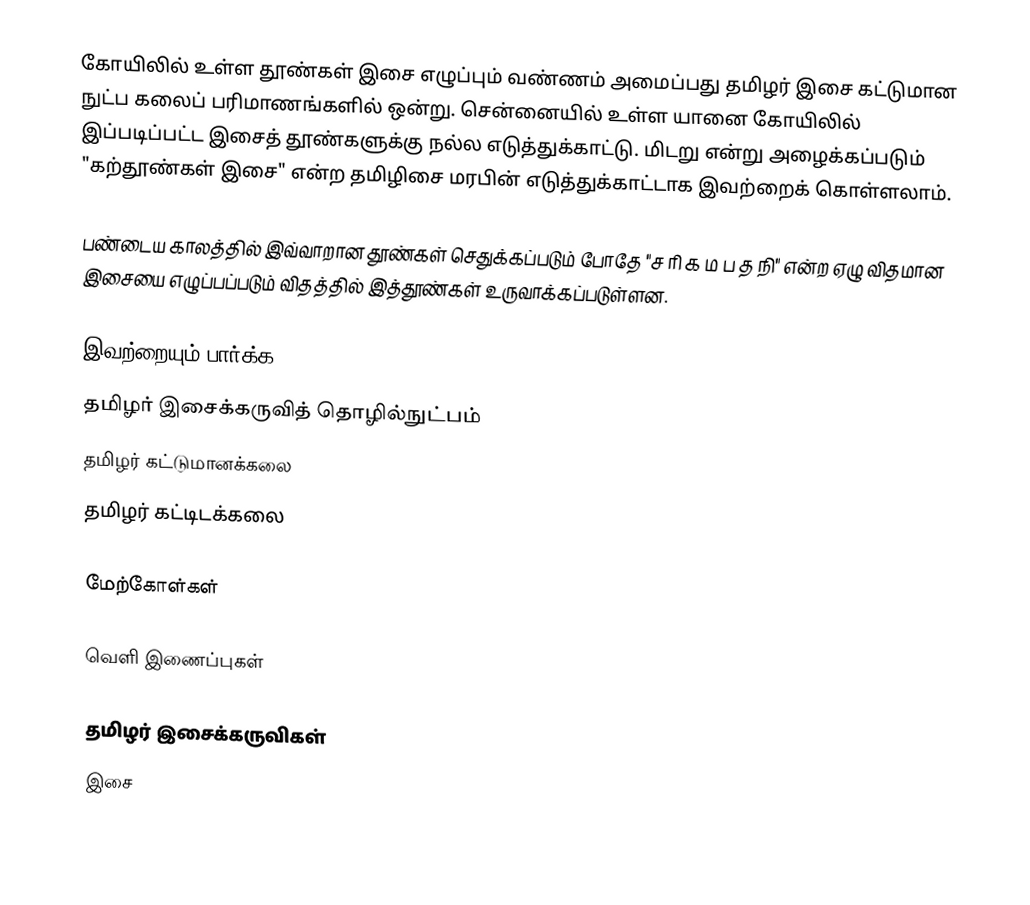
கோயிலில் உள்ள தூண்கள் இசை எழுப்பும் வண்ணம் அமைப்பது தமிழர் இசை கட்டுமான நுட்ப கலைப் பரிமாணங்களில் ஒன்று.  சென்னையில் உள்ள யானை கோயிலில் இப்படிப்பட்ட இசைத் தூண்களுக்கு நல்ல எடுத்துக்காட்டு.  மிடறு என்று அழைக்கப்படும் "கற்தூண்கள் இசை" என்ற தமிழிசை மரபின் எடுத்துக்காட்டாக இவற்றைக் கொள்ளலாம்.

பண்டைய காலத்தில் இவ்வாறான தூண்கள் செதுக்கப்படும் போதே "ச ரி க ம ப த நி" என்ற ஏழு விதமான இசையை எழுப்பப்படும் விதத்தில் இத்தூண்கள் உருவாக்கப்படுள்ளன.

இவற்றையும் பார்க்க
 தமிழர் இசைக்கருவித் தொழில்நுட்பம்
 தமிழர் கட்டுமானக்கலை
 தமிழர் கட்டிடக்கலை

மேற்கோள்கள்

வெளி இணைப்புகள்

தமிழர் இசைக்கருவிகள்
இசை